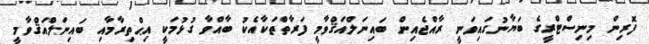
ފޮރިން މިނިސްޓްރީގެ ބަޔާނުގައިވަނީ ރާއްޖެއިން ބައިނަލްއަޤްވާމީ ފަރާތްތަކާއެކު ބާއްވާ ގުޅުމަކީ އިޙްތިރާމާއި ބައިނަލްއަޤްވާމީ